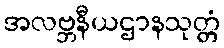
အလဗ္ဘနီယဌာနသုတ္တံ